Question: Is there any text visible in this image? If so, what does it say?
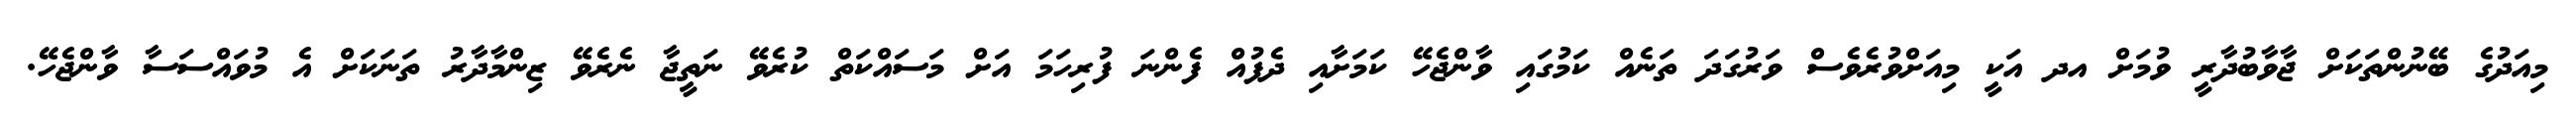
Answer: މިއަދުގެ ބޭނުންތަކަށް ޖާވާބުދާރީ ވުމަށް އދ އަކީ މިއަށްވުރެވެސް ވަރުގަދަ ތަނެއް ކަމުގައި ވާންޖެހޭ ކަމަށާއި ދެފުއް ފެންނަ ފުރިހަމަ އަށް މަސައްކަތް ކުރެވޭ ނަތީޖާ ނެރެވޭ ޒިންމާދާރު ތަނަކަށް އެ މުވައްސަސާ ވާންޖެހޭ.